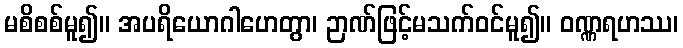
မစိစစ်မူ၍။ အပရိယောဂါဟေတွာ၊ ဉာဏ်ဖြင့်မသက်ဝင်မူ၍။ ဝဏ္ဏရဟဿ၊